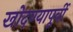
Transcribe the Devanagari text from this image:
खोदण्यापूर्वी